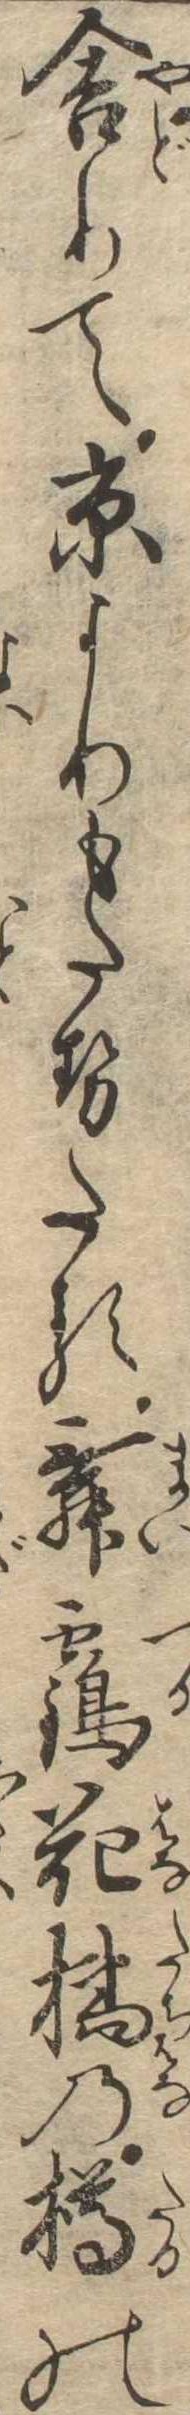
舎りて京よりもたせたる舞鶴花橘の樽の